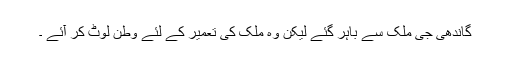
گاندھی جی ملک سے باہر گئے لیکن وہ ملک کی تعمیر کے لئے وطن لوٹ کر آئے ۔